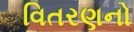
વિતરણનો